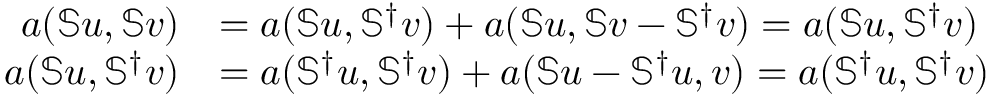
\begin{array} { r l } { a ( \mathbb { S } \boldsymbol { u } , \mathbb { S } \boldsymbol { v } ) } & { = a ( \mathbb { S } \boldsymbol { u } , \mathbb { S } ^ { \dagger } \boldsymbol { v } ) + a ( \mathbb { S } \boldsymbol { u } , \mathbb { S } \boldsymbol { v } - \mathbb { S } ^ { \dagger } \boldsymbol { v } ) = a ( \mathbb { S } \boldsymbol { u } , \mathbb { S } ^ { \dagger } \boldsymbol { v } ) } \\ { a ( \mathbb { S } \boldsymbol { u } , \mathbb { S } ^ { \dagger } \boldsymbol { v } ) } & { = a ( \mathbb { S } ^ { \dagger } \boldsymbol { u } , \mathbb { S } ^ { \dagger } \boldsymbol { v } ) + a ( \mathbb { S } \boldsymbol { u } - \mathbb { S } ^ { \dagger } \boldsymbol { u } , \boldsymbol { v } ) = a ( \mathbb { S } ^ { \dagger } \boldsymbol { u } , \mathbb { S } ^ { \dagger } \boldsymbol { v } ) } \end{array}